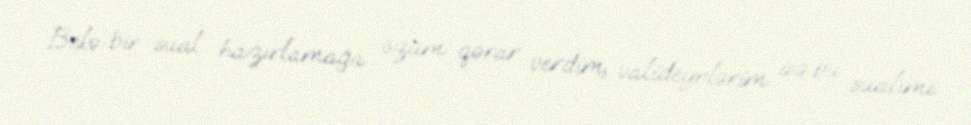
Belə bir sual hazırlamağa özüm qərar verdim, valideynlərim isə bu sualımı